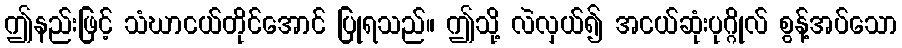
ဤနည်းဖြင့် သံဃာငယ်တိုင်အောင် ပြုရသည်။ ဤသို့ လဲလှယ်၍ အငယ်ဆုံးပုဂ္ဂိုလ် စွန့်အပ်သော